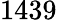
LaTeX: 1439